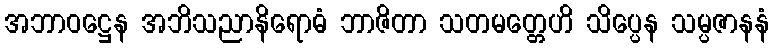
အဘာဝဋ္ဌေန အဘိသညာနိရောဓံ ဘာဇိတာ သတမတ္တေဟိ သိပ္ပေန သမ္ပဇာနနံ